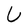
Character: U